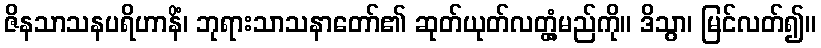
ဇိနသာသနပရိဟာနိံ၊ ဘုရားသာသနာတော်၏ ဆုတ်ယုတ်လတ္တံ့မည်ကို။ ဒိသွာ၊ မြင်လတ်၍။